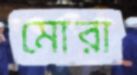
মোরা